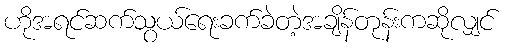
ဟိုအရင်ဆက်သွယ်ရေးခက်ခဲတဲ့အချိန်တုန်းကဆိုလျှင်